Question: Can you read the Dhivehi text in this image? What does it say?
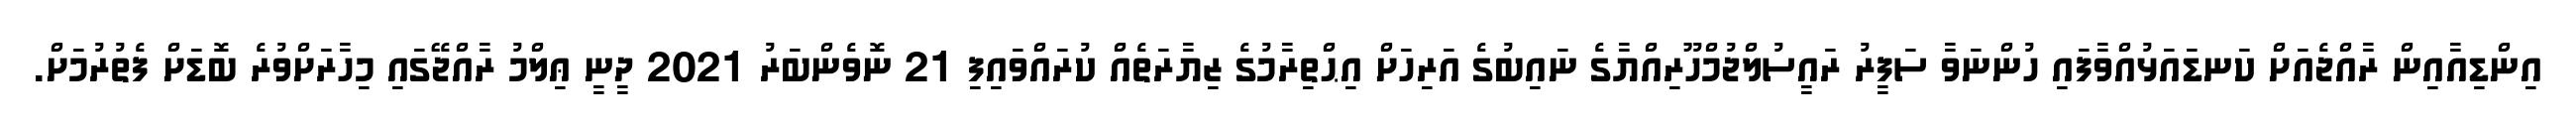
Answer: އިންޑިއާއިން ރާއްޖެއަށް ކަނޑައަޅުއްވާފައި ހުންނަވާ ސަފީރު ރައީސުލްޖުމްހޫރިއްޔާގެ ނައިބުގެ އަރިހަށް އިޙްތިރާމުގެ ޒިޔާރަތެއް ކުރައްވައިފި 21 ނޮވެންބަރު 2021 ދީނީ ޢިލްމު ރާއްޖޭގައި މިހާރަށްވުރެ ބޮޑަށް ފެތުރުމަށް.